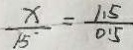
\frac { x } { 1 5 ^ { \cdot } } = \frac { 1 . 5 } { 0 . 5 }